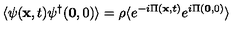
\langle \psi ( { \bf { x } } , t ) \psi ^ { \dagger } ( { \bf { 0 } } , 0 ) \rangle = \rho \langle e ^ { - i \mathrm { } \Pi ( { \bf { x } } , t ) } e ^ { i \mathrm { } \Pi ( { \bf { 0 } } , 0 ) } \rangle